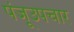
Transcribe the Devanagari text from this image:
पंजूउपचार